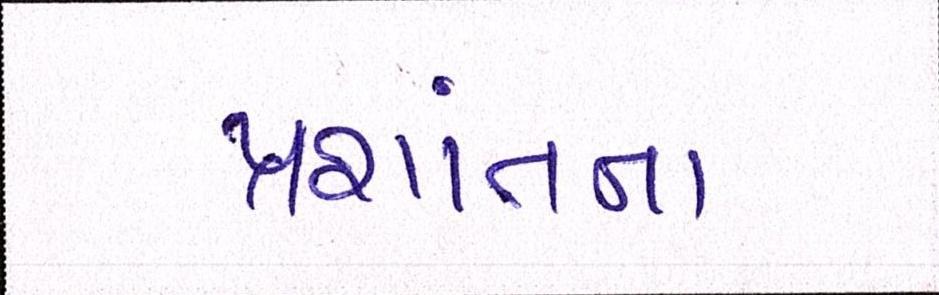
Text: પ્રશાંતના